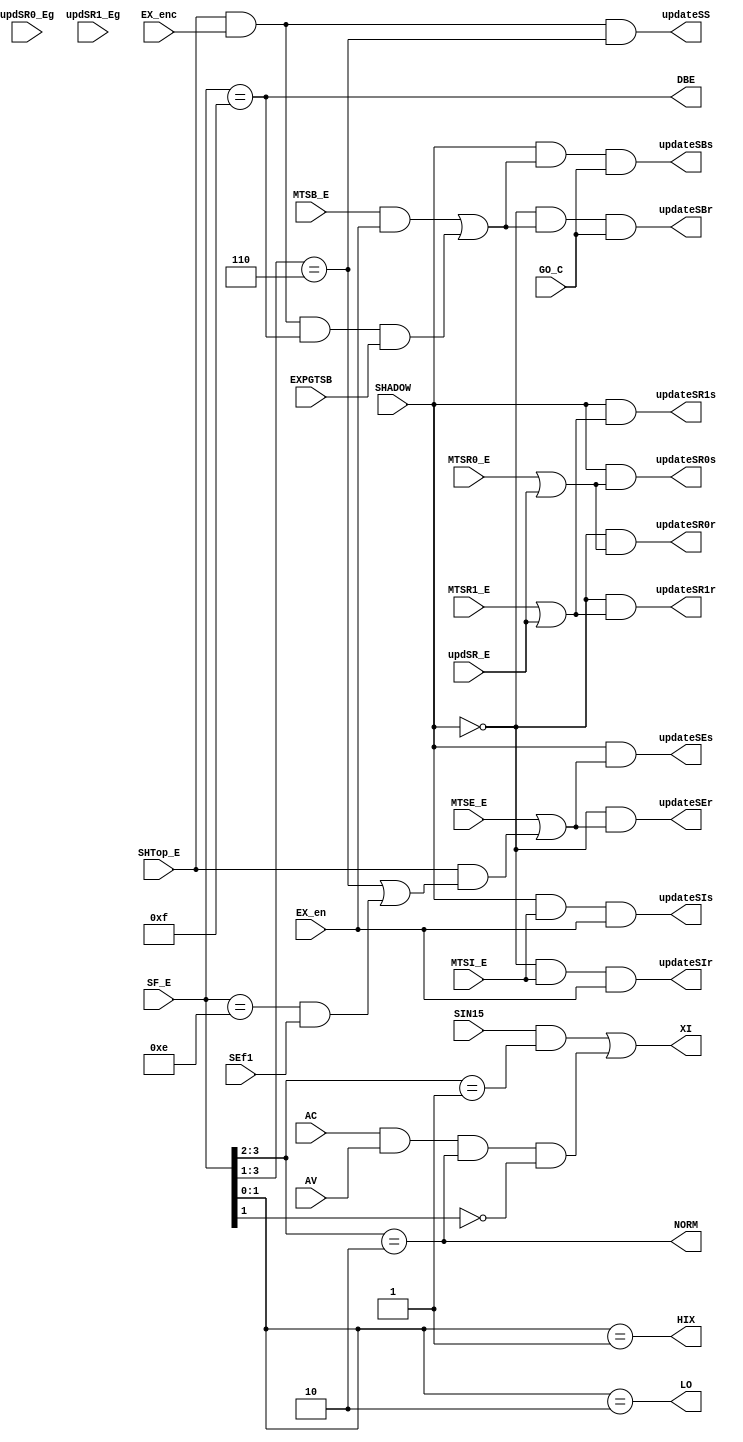







/*--------------------------------------------------------------*/ 
 
 
/*--------------------------------------------------------------*/ 

/*--------------------------------------------------------------*/ 
 
 
/*--------------------------------------------------------------*/ 

`define del 1 

module ES_DEC(/* IN */ 
GO_C, EX_en, EX_enc, EXPGTSB, SEf1, 
SHADOW, SF_E, MTSI_E, MTSB_E, MTSE_E, updSR0_Eg, 
updSR1_Eg, SIN15, AC, AV, SHTop_E, MTSR0_E, MTSR1_E, updSR_E, 
 
updateSIr, updateSIs, updateSBr, updateSBs, updateSEr, 
updateSEs, updateSR0r, updateSR0s, updateSR1r, updateSR1s, 
updateSS, DBE, HIX, LO, XI, NORM); 

/*--------------------------------------*/ 
 
/*--------------------------------------*/ 
input GO_C, EX_en , EX_enc; 
input EXPGTSB, SEf1, SHADOW; 
input [3:0] SF_E; 
input MTSI_E, MTSB_E, MTSE_E, updSR0_Eg; 
input updSR1_Eg, SIN15, AC, AV; 
input SHTop_E, MTSR0_E, MTSR1_E; 
input updSR_E; 

/*--------------------------------------*/ 
 
/*--------------------------------------*/ 
output updateSIr, updateSIs, updateSBr, updateSBs; 
output updateSEr, updateSEs, updateSR0r, updateSR0s; 
output updateSR1r, updateSR1s, updateSS; 
output DBE, HIX, LO, XI, NORM; 

/*------------------------------------------------------*/ 
 
 
 
/*------------------------------------------------------*/ 
wire updateSHT, updateSB, updateSE; 

assign updateSHT = SHTop_E & EX_enc; 

assign #`del updateSB = updateSHT & DBE & EXPGTSB; 

assign #`del updateSE = updateSHT & ((SF_E[3:1] == 3'b110) 
| ((SF_E[3:0] == 4'b1110) & SEf1)); 

assign #`del updateSS = updateSHT && (SF_E[3:1] == 3'b110); 

/*------------------------------------------------------*/ 
 
 
/*------------------------------------------------------*/ 
wire updateSIr, updateSIs, updateSBr, updateSBs; 
wire updateSEr, updateSEs, updateSR0r, updateSR0s; 
wire updateSR1r, updateSR1s; 

assign updateSIr = !SHADOW && MTSI_E && EX_en; 
assign updateSIs = SHADOW && MTSI_E && EX_en; 


assign updateSBr = !SHADOW && (MTSB_E && EX_en || updateSB) && GO_C; 
assign updateSBs = SHADOW && (MTSB_E && EX_en || updateSB) && GO_C; 

assign updateSEr = !SHADOW && (MTSE_E || (SHTop_E && 
((SF_E[3:1] == 3'b110) || ((SF_E[3:0] == 4'b1110) && SEf1)))); 
assign updateSEs = SHADOW && (MTSE_E || (SHTop_E && 
((SF_E[3:1] == 3'b110) || ((SF_E[3:0] == 4'b1110) && SEf1)))); 
assign updateSR0r = !SHADOW && (MTSR0_E || updSR_E); 
assign updateSR0s = SHADOW && (MTSR0_E || updSR_E); 
assign updateSR1r = !SHADOW && (MTSR1_E || updSR_E); 
assign updateSR1s = SHADOW && (MTSR1_E || updSR_E); 

/*--------------------------------------*/ 
 
 
/*--------------------------------------*/ 

assign HIX = (SF_E[1:0] == 2'b01); 
assign LO = (SF_E[1:0] == 2'b10); 

/*--------------------------------------*/ 
 
 
 
/*--------------------------------------*/ 

wire ASHIFT; 

assign #`del DBE = (SF_E[3:0] == 4'hf) ; 
assign #`del NORM = (SF_E[3:2] == 2'b10); 
assign #`del ASHIFT = (SF_E[3:2] == 2'b01); 

/****************************************/ 
 
 
 
 
 
 
 
 
/****************************************/ 

assign XI = (SIN15 && ASHIFT) || 
(AC && AV && NORM && (~SF_E[1])); 

endmodule